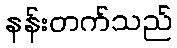
နန်းတက်သည်